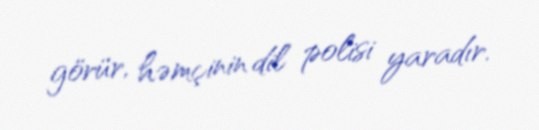
görür, həmçinin dil polisi yaradır.